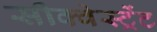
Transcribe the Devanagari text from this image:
सीक्वेस्ट्रेंट